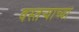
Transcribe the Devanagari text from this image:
वस्तऱ्याच्या